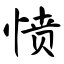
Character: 愤